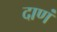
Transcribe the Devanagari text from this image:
दाणं